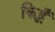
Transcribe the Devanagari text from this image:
किहूँ